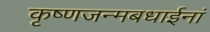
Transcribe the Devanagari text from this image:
कृष्णजन्मबधाईनां